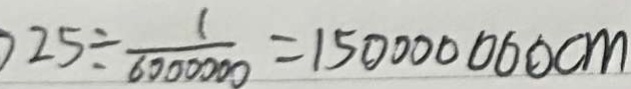
2 5 \div \frac { 1 } { 6 0 0 0 0 0 0 } = 1 5 0 0 0 0 0 0 0 c m